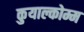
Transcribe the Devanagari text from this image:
कुयाल्कोम्म